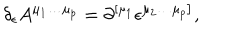
\delta _ { \epsilon } A ^ { \mu _ { 1 } \ldots \mu _ { p } } = \partial ^ { \left[ \mu _ { 1 } \right. } \epsilon ^ { \left. \mu _ { 2 } \ldots \mu _ { p } \right] } ,